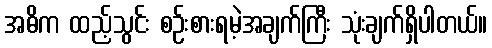
အဓိက ထည့်သွင်း စဉ်းစားရမဲ့အချက်ကြီး သုံးချက်ရှိပါတယ်။